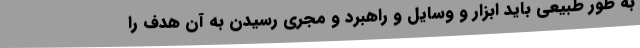
به طور طبیعی باید ابزار و وسایل و راهبرد و ‌مجری رسیدن به آن هدف را